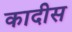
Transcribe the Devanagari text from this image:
कादीस